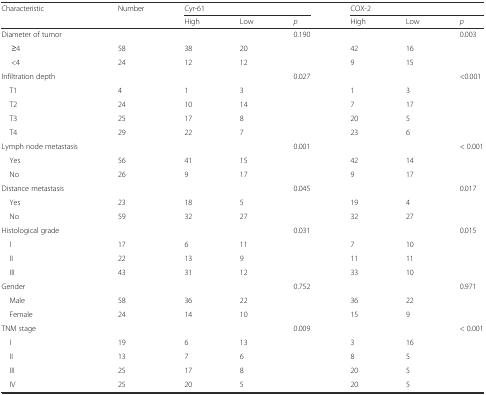
| <ROWSPAN=2> Characteristic | <ROWSPAN=2> Number | <COLSPAN=3> Cyr-61 | <COLSPAN=3> COX-2 |
 | High | Low | p | High | Low | p |
 | --- | --- | --- | --- | --- | --- | --- | --- |
 | Diameter of tumor |  |  |  | 0.190 |  |  | 0.003 |
 | ≥4 | 58 | 38 | 20 |  | 42 | 16 |  |
 | <4 | 24 | 12 | 12 |  | 9 | 15 |  |
 | Infiltration depth |  |  |  | 0.027 |  |  | <0.001 |
 | T1 | 4 | 1 | 3 |  | 1 | 3 |  |
 | T2 | 24 | 10 | 14 |  | 7 | 17 |  |
 | T3 | 25 | 17 | 8 |  | 20 | 5 |  |
 | T4 | 29 | 22 | 7 |  | 23 | 6 |  |
 | Lymph node metastasis |  |  |  | 0.001 |  |  | < 0.001 |
 | Yes | 56 | 41 | 15 |  | 42 | 14 |  |
 | No | 26 | 9 | 17 |  | 9 | 17 |  |
 | Distance metastasis |  |  |  | 0.045 |  |  | 0.017 |
 | Yes | 23 | 18 | 5 |  | 19 | 4 |  |
 | No | 59 | 32 | 27 |  | 32 | 27 |  |
 | Histological grade |  |  |  | 0.031 |  |  | 0.015 |
 | I | 17 | 6 | 11 |  | 7 | 10 |  |
 | II | 22 | 13 | 9 |  | 11 | 11 |  |
 | III | 43 | 31 | 12 |  | 33 | 10 |  |
 | Gender |  |  |  | 0.752 |  |  | 0.971 |
 | Male | 58 | 36 | 22 |  | 36 | 22 |  |
 | Female | 24 | 14 | 10 |  | 15 | 9 |  |
 | TNM stage |  |  |  | 0.009 |  |  | < 0.001 |
 | I | 19 | 6 | 13 |  | 3 | 16 |  |
 | II | 13 | 7 | 6 |  | 8 | 5 |  |
 | III | 25 | 17 | 8 |  | 20 | 5 |  |
 | IV | 25 | 20 | 5 |  | 20 | 5 |  |